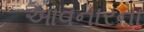
આવનારના